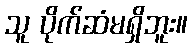
သူ ပိုက်ဆံမရှိဘူး။